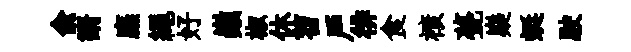
兪諝廡繩好巔椒休苕戶徘食榱甍嶷蜓駛